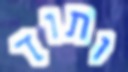
ותוך